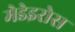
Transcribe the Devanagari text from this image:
मेडेइरोस